Report on sanitation, dispensaries, and jails in Rajputana for 1919, and on vaccination for the year 1919-1920 - 1919-1920
Year: 1919
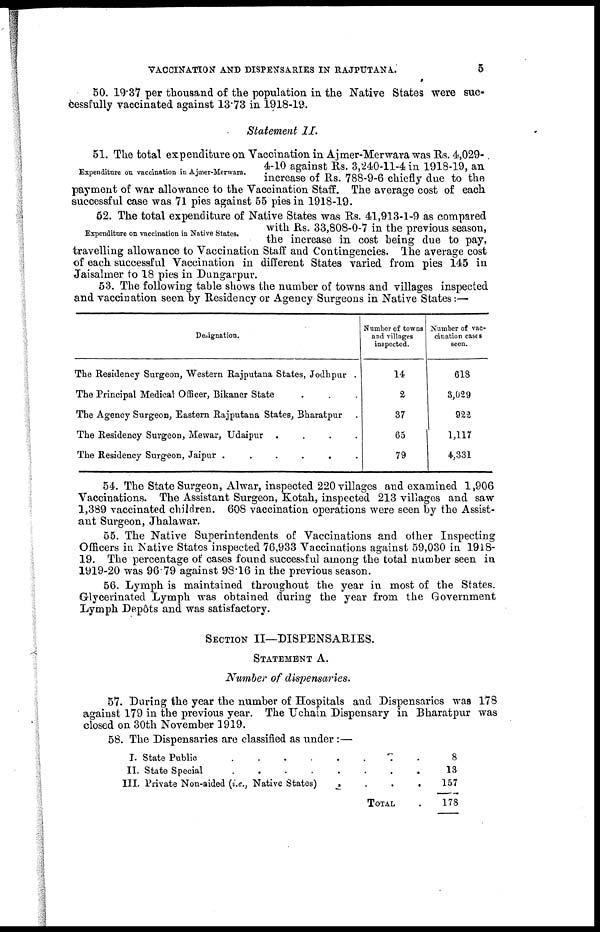
VACCINATION AND DISPENSARIES IN RAJPUTANA.
5
50. 19.37 per thousand of the population in the Native States were suc-
cessfully vaccinated against 13.73 in 1918-19.
Statement II.
Expenditure on vaccination in Ajmer-Merwara.
51. The total expenditure on Vaccination in Ajmer-Merwara was Rs. 4,029
4-10 against Rs. 3,240-11-4 in 1918-19, an
increase of Rs. 788-9-6 chiefly due to the
payment of war allowance to the Vaccination Staff. The average cost of each
successful case was 71 pies against 55 pies in 1918-19.
Expenditure on vaccination in Native States.
52. The total expenditure of Native States was Rs. 41,913-1-9 as compared
with Rs. 33,808-0-7 in the previous season,
the increase in cost being due to pay,
travelling allowance to Vaccination Staff and Contingencies. The average cost
of each successful Vaccination in different States varied from pies 145 in
Jaisalmer to 18 pies in Dungarpur.
53. The following table shows the number of towns and villages inspected
and vaccination seen by Residency or Agency Surgeons in Native States:—
Designation.
The Residency Surgeon, Western Rajputana States, Jodhpur .
The Principal Medical Officer, Bikaner State . . .
The Agency Surgeon, Eastern Rajputana States, Bharatpur . . .
The Residency Surgeon, Mewar, Udaipur
.
.
.
.
The Residency Surgeon, Jaipur
.
.
.
.
Number of towns
and villages
inspected.
14
2
37
65
79
Number of vac-
cination cases
seen.
618
3,029
922
1,117
4,331
54. The State Surgeon, Alwar, inspected 220 villages and examined 1,906
Vaccinations. The Assistant Surgeon, Kotah, inspected 213 villages and saw
1,389 vaccinated children. 608 vaccination operations were seen by the Assist-
ant Surgeon, Jhalawar.
55. The Native Superintendents of Vaccinations and other Inspecting
Officers in Native States inspected 76,933 Vaccinations against 59,030 in 1918-
19. The percentage of cases found successful among the total number seen in
1919-20 was 96.79 against 98.16 in the previous season.
56. Lymph is maintained throughout the year in most of the States.
Glycerinated Lymph was obtained during the year from the Government
Lymph Depôts and was satisfactory.
SECTION II—DISPENSARIES.
STATEMENT A.
Number of dispensaries.
57. During the year the number of Hospitals and Dispensaries was 178
against 179 in the previous year. The Uchain Dispensary in Bharatpur was
closed on 30th November 1919.
58. The Dispensaries are classified as under :—
I. State Public
.
.
.
.
.
II. State Special
.
.
.
.
.
III. Private Non-aided (i.e., Native States)
.
.
.
.
.
TOTAL .
8
13
157
178